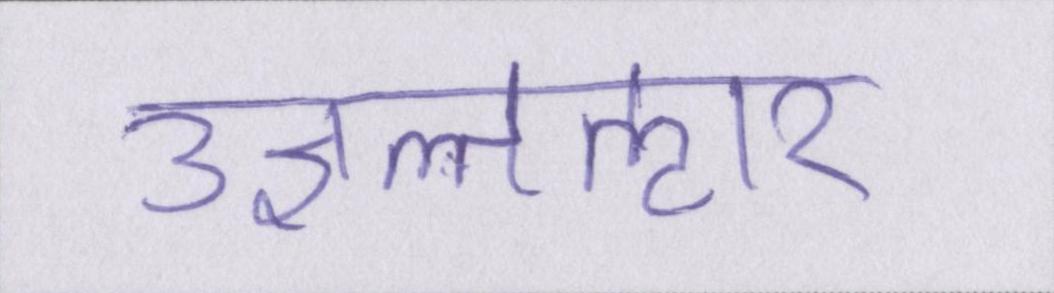
उज्ञल्तऌार